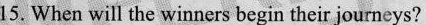
15. When will the winners begin their journeys?